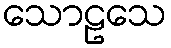
သောဠသေ